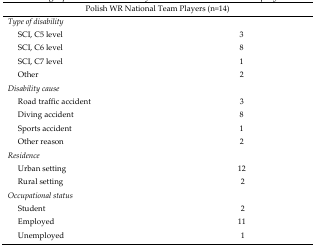
<table><thead><tr><td colspan="2"><b>Polish WR National Team Players (n=14)</b></td></tr></thead><tbody><tr><td colspan="2"><i>Type of disability</i></td></tr><tr><td> SCI, C5 level</td><td>3</td></tr><tr><td> SCI, C6 level</td><td>8</td></tr><tr><td> SCI, C7 level</td><td>1</td></tr><tr><td> Other</td><td>2</td></tr><tr><td colspan="2"><i>Disability cause</i></td></tr><tr><td> Road traffic accident</td><td>3</td></tr><tr><td> Diving accident</td><td>8</td></tr><tr><td> Sports accident</td><td>1</td></tr><tr><td> Other reason</td><td>2</td></tr><tr><td colspan="2"><i>Residence</i></td></tr><tr><td> Urban setting</td><td>12</td></tr><tr><td> Rural setting</td><td>2</td></tr><tr><td colspan="2"><i>Occupational status</i></td></tr><tr><td> Student</td><td>2</td></tr><tr><td> Employed</td><td>11</td></tr><tr><td> Unemployed</td><td>1</td></tr></tbody></table>